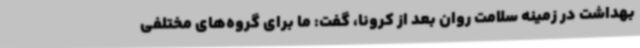
بهداشت در زمینه سلامت روان بعد از کرونا، گفت: ما برای گروه‌های مختلفی